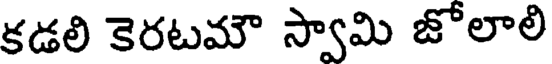
కడలి కెరటమౌ స్వామి జోలాలి